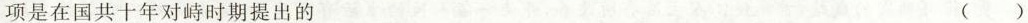
项是在国共十年对峙时期提出的 ( )